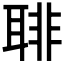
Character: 𦖕